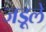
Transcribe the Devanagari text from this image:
जड़ूलें